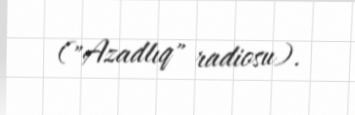
("Azadlıq" radiosu).